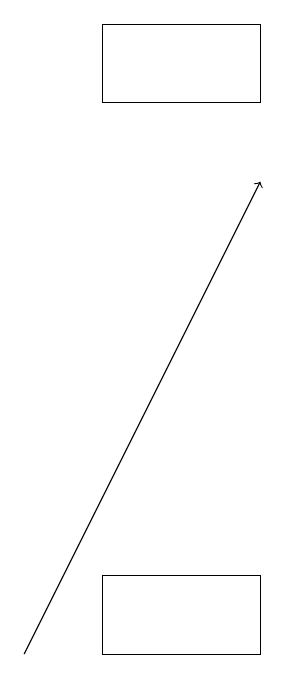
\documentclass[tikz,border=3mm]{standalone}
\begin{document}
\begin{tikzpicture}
\draw[->] (0,10) -- (3,16);
\draw (3,17) rectangle (1,18);
\draw (1,10) rectangle (3,11);
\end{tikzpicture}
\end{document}